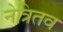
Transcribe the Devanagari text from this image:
नेत्रितव